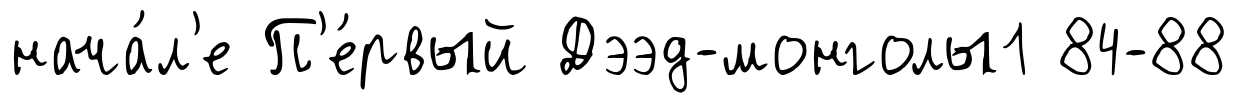
нача́л'е П'е́рвый Дээд-монголы1 84-88